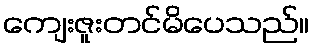
ကျေးဇူးတင်မိပေသည်။